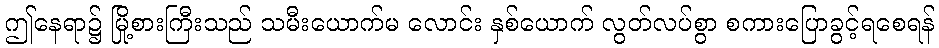
ဤနေရာ၌ မြို့စားကြီးသည် သမီးယောက်မ လောင်း နှစ်ယောက် လွတ်လပ်စွာ စကားပြောခွင့်ရစေရန်